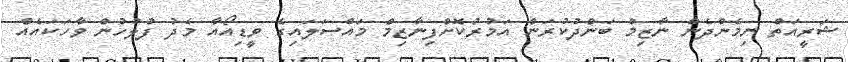
ޝަރީއަތް ނިމެންދެން ނާޒިމް ބަންދުކުރަން އަމުރުކޮށްފިނާޒިމް މައްސަލައިގެ ވީޑިއޯއާ މެދު ފުލުހުން ވާހަކައެއް